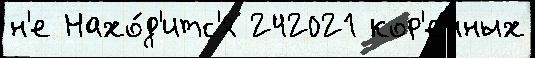
н'е Нахо́д'итс'я 242021 кор'енных